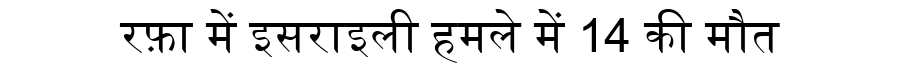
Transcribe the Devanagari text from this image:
रफ़ा में इसराइली हमले में 14 की मौत